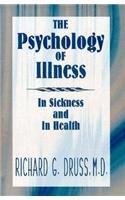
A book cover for The Psychology of Illness: In Sickness and in Health; Richard G. Druss; Medical Books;